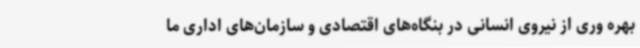
بهره وری از نیروی انسانی در بنگاه‌های اقتصادی و سازمان‌های اداری ما